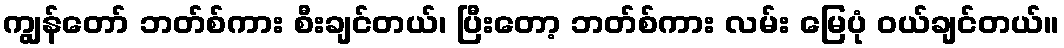
ကျွန်တော် ဘတ်စ်ကား စီးချင်တယ်၊ ပြီးတော့ ဘတ်စ်ကား လမ်း မြေပုံ ဝယ်ချင်တယ်။